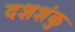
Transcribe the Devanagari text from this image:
दशशंकु